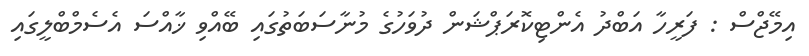
އިމޭޖްސް : ފަރީހާ އަބްދު އެންޓިކޮރަޕްޝަން ދުވަހުގެ މުނާސަބަތުގައި ބޭއްވި ޚާއްސަ އެސެމްބްލީގައި